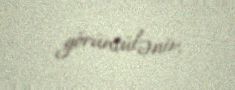
görüntülənir.